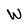
Character: W